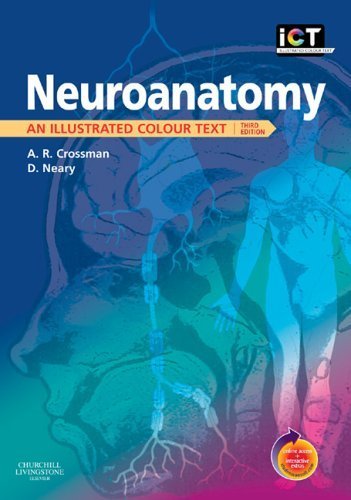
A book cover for Neuroanatomy: An Illustrated Colour Text With STUDENT CONSULT Online Access by Crossman PhD DSc Professor, Alan R., Neary MD FRCP Profess (2005) Paperback; Medical Books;